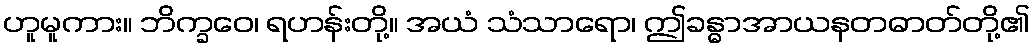
ဟူမူကား။ ဘိက္ခဝေ၊ ရဟန်းတို့။ အယံ သံသာရော၊ ဤခန္ဓာအာယနတဓာတ်တို့၏